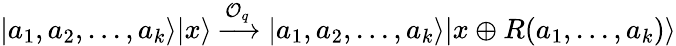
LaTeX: \vert a_{1},a_{2},...,a_{k}\rangle\vert x\rangle\xrightarrow{\mathcal{O}_{q}}\vert a_{1},a_{2},...,a_{k}\rangle\vert x\oplus R(a_{1},...,a_{k})\rangle